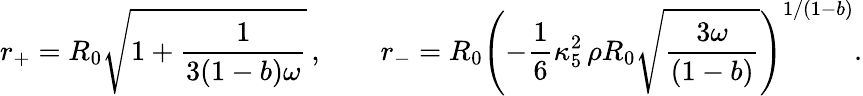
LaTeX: r_{+}=R_{0}\sqrt{1+\frac{1}{3(1-b)\omega}}\, ,\qquad r_{-}=R_{0}\left(-\frac{1}{6}\kappa_{5}^{2}\, \rho R_{0}\sqrt{\frac{3\omega}{(1-b)}}\right)^{1/(1-b)}.